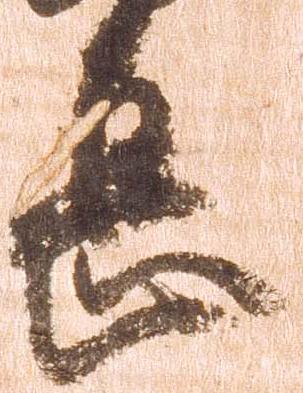
息